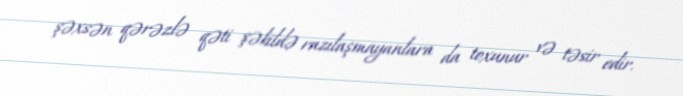
şəxsən qərəzlə qəti şəkildə razılaşmayanlara da toxunur və təsir edir.